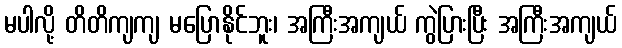
မပါလို့ တိတိကျကျ မပြောနိုင်ဘူး၊ အကြီးအကျယ် ကွဲပြားပြီး အကြီးအကျယ်